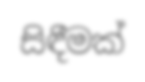
සිඳීමක්